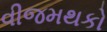
વીજમથકો